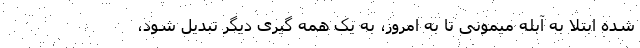
شده ابتلا به آبله میمونی تا به امروز، به یک همه گیری دیگر تبدیل شود،